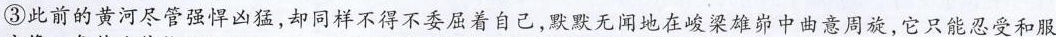
③此前的黄河尽管强悍凶猛，却同样不得不委屈着自己，默默无闻地在峻梁雄峁中曲意周旋，它只能忍受和服